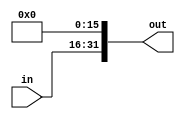
module shift_left_16 (
    input wire [15:0] in,
    output wire [31:0] out
);

    assign out = in << 16; // desloca colocando zeros  direita
    
endmodule